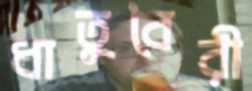
ধাতুবৈরী